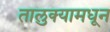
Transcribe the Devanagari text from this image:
तालुक्‍यामधून